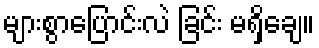
များစွာပြောင်းလဲ ခြင်း မရှိချေ။